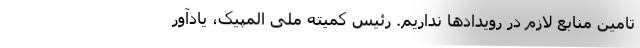
تامین منابع لازم در رویدادها نداریم. رئیس کمیته ملی المپیک، یادآور